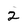
Character: 2